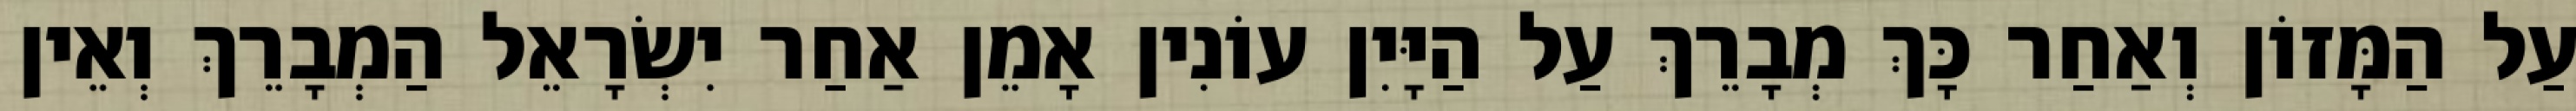
עַל הַמָּזוֹן וְאַחַר כָּךְ מְבָרֵךְ עַל הַיָּיִן עוֹנִין אָמֵן אַחַר יִשְׂרָאֵל הַמְבָרֵךְ וְאֵין